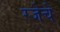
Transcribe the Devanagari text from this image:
रजेचे